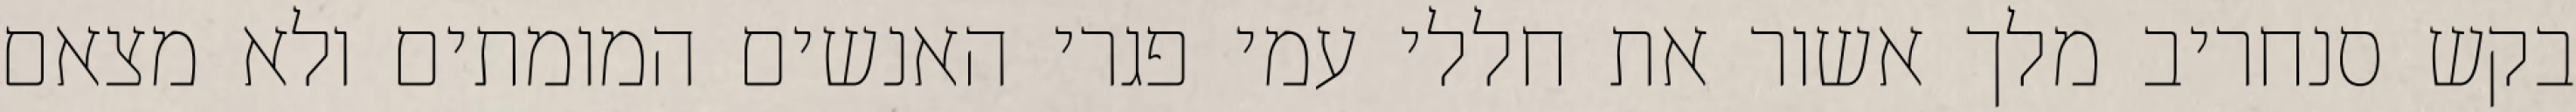
בקש סנחריב מלך אשור את חללי עמי פגרי האנשים המומתים ולא מצאם